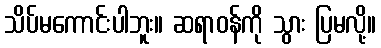
သိပ်မကောင်းပါဘူး။ ဆရာဝန်ကို သွား ပြမလို့။